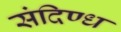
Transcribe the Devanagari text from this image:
संदिण्ध